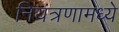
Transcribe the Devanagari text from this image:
नियंत्रणामध्ये